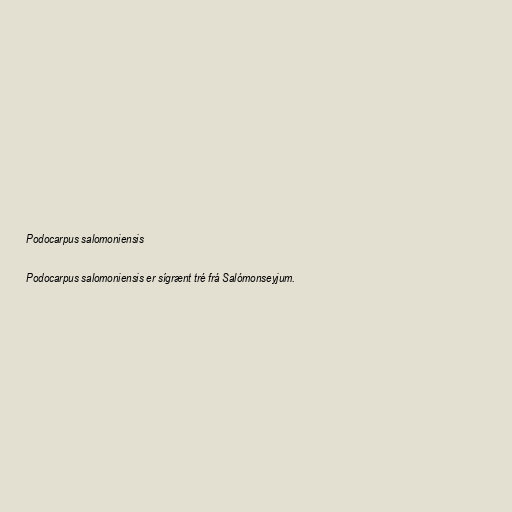
Podocarpus salomoniensis

Podocarpus salomoniensis er sígrænt tré frá Salómonseyjum.